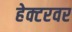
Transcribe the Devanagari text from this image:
हेक्टरवर